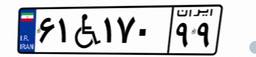
۶۱W۱۷۰۹۹